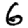
Digit: 6